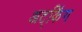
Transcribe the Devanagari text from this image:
अट्किंग